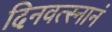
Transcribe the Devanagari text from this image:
दिनवत्स्नानं